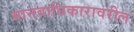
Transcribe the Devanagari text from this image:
मानवाधिकारावरील